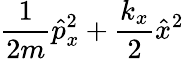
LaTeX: \frac{1}{2m}\hat{p}_{x}^{2}+\frac{k_{x}}{2}\hat{x}^{2}